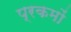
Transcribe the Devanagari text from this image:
प्रकमों